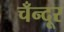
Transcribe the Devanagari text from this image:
चँन्दूर